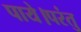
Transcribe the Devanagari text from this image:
पाये।परंतु